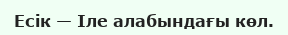
Есік — Іле алабындағы көл.